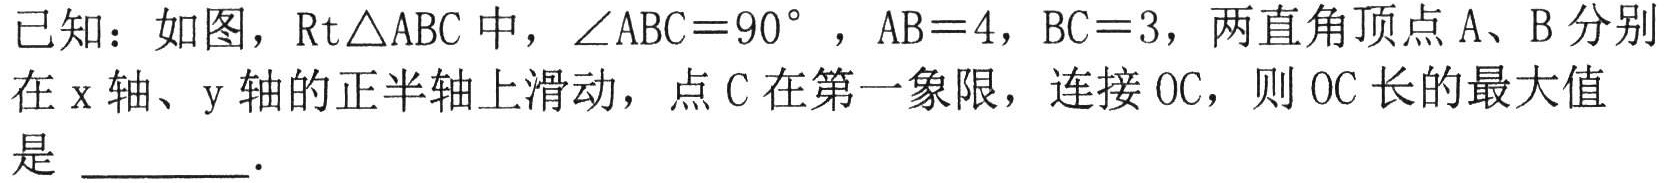
已知：如图，$\text{Rt}\triangle ABC$中，$\angle ABC = 90^{\circ}$，$AB = 4$，$BC = 3$，两直角顶点$A$、$B$分别在$x$轴、$y$轴的正半轴上滑动，点$C$在第一象限，连接$OC$，则$OC$长的最大值是  .